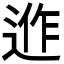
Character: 𨓕